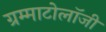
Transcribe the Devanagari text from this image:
ग्रम्माटोलॉजी